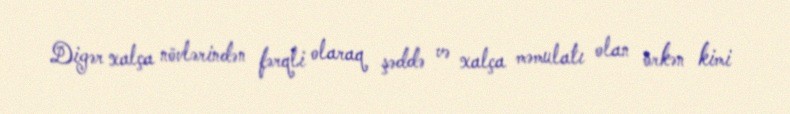
Digər xalça növlərindən fərqli olaraq şəddə və xalça məmulatı olan örkən kimi